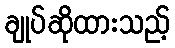
ချုပ်ဆိုထားသည့်